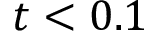
t < 0 . 1